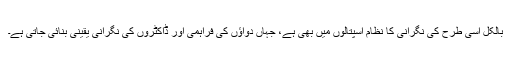
بالکل اسی طرح کی نگرانی کا نظام اسپتالوں میں بھی ہے، جہاں دواؤں کی فراہمی اور ڈاکٹروں کی نگرانی یقینی بنائی جاتی ہے۔